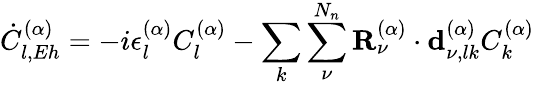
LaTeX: \dot{C}_{l,Eh}^{(\alpha)}=-i\epsilon_{l}^{(\alpha)}C_{l}^{(\alpha)}-\sum_{k}\sum_{\nu}^{N_{n}}{\mathbf{R}}_{\nu}^{(\alpha)}\cdot\mathbf{d}_{\nu,lk}^{(\alpha)}C_{k}^{(\alpha)}